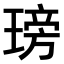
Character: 𤧭